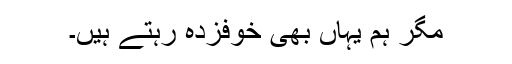
مگر ہم یہاں بھی خوفزدہ رہتے ہیں۔